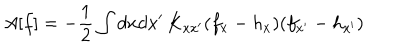
A [ f ] = - \frac { 1 } { 2 } \int d x d x ^ { \prime } \, K _ { x x ^ { \prime } } ( f _ { x } - h _ { x } ) ( f _ { x ^ { \prime } } - h _ { x ^ { \prime } } )